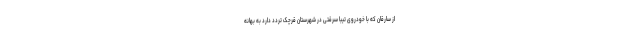
از سارقان که با خودروی تیبا سرقتی در شهرستان قرچک تردد دارد به بهانه